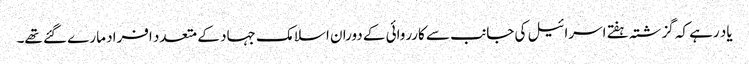
یاد رہے کہ گزشتہ ہفتے اسرائیل کی جانب سے کارروائی کے دوران اسلامک جہاد کے متعدد افراد مارے گئے تھے۔